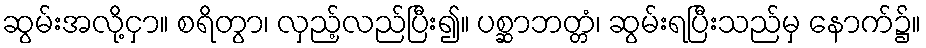
ဆွမ်းအလို့ငှာ။ စရိတွာ၊ လှည့်လည်ပြီး၍။ ပစ္ဆာဘတ္တံ၊ ဆွမ်းရပြီးသည်မှ နောက်၌။